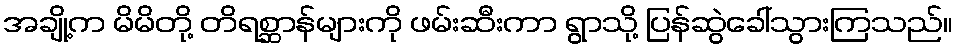
အချို့က မိမိတို့ တိရစ္ဆာန်များကို ဖမ်းဆီးကာ ရွာသို့ ပြန်ဆွဲခေါ်သွားကြသည်။